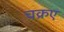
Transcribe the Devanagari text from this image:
चक्रए